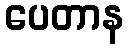
ပေတာန